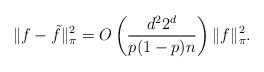
LaTeX: \begin{align*} \|f - \tilde{f}\|_\pi^2 = O\left(\frac{d^22^d}{p(1-p)n}\right)\|f\|_\pi^2.\end{align*}